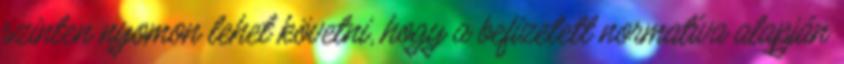
szinten nyomon lehet követni, hogy a befizetett normatíva alapján